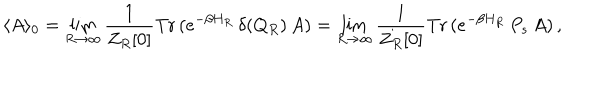
\langle A \rangle _ { 0 } = \lim _ { R \rightarrow \infty } \frac { 1 } { Z _ { R } [ 0 ] } \mathrm { T r } \, ( e ^ { - \beta H _ { R } } \, \delta ( Q _ { R } ) \, A ) = \lim _ { R \rightarrow \infty } \frac { 1 } { Z _ { R } [ 0 ] } \mathrm { T r } \, ( e ^ { - \beta H _ { R } } \, P _ { s } \, A ) \, ,